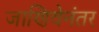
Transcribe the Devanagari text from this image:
जाणिवेनंतर